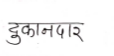
मजकूर: दुकानदार